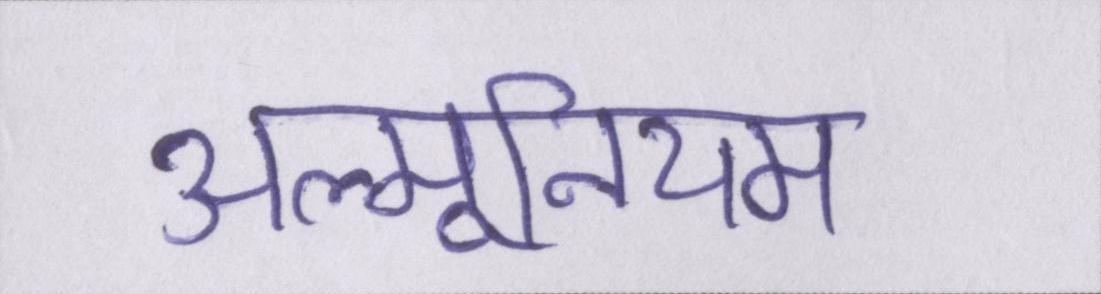
अल्मूनियम